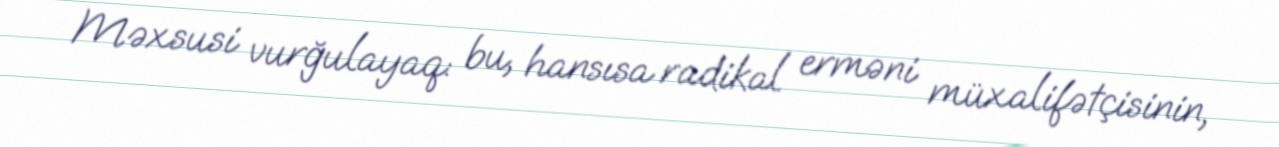
Məxsusi vurğulayaq: bu, hansısa radikal erməni müxalifətçisinin,